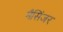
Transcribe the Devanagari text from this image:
मैसिंजर